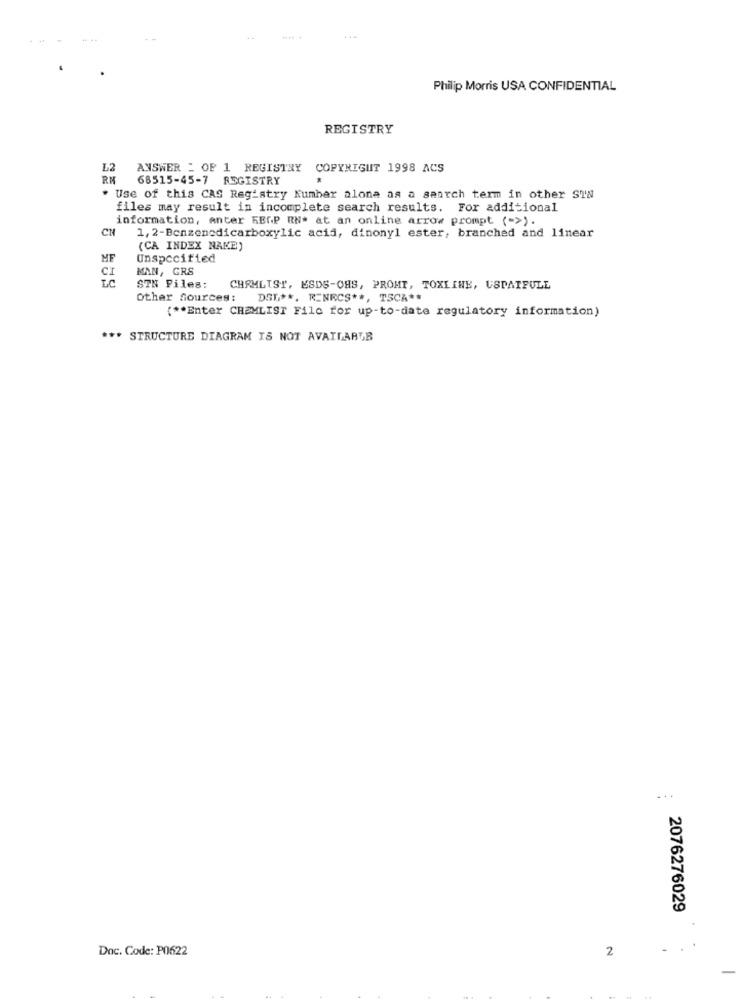
Philip Morris USA CONFIDENTIAL
REGISTRY
L2
ANSWER _ OF 1 REGISTRY COPYRIGHT 1998 ACS
RK
68515-45-7 REGISTRY
. Use of this CAS Registry Number alone as a search term in other Siw
files may result in incomplete search results. For additional
information, anter RESP RNª at an online arrow prompt (->).
CH
1, 2-Benzenedicarboxylic acid, dinonyl ester, branched and linear
(CA INDEX NAKE)
ME
Unspecified
CI
MAN, GRS
STN Piles: CHAMLIST, ESDS-OHS, PROMT, TOXLINE, USPATFULL
Other Sources:
DSL **. R_NRCS **, TSCA **
{ ** Enter CHEMLIST File for up-to-date regulatory information)
*** STRUCTURE DIAGRAM IS NOT AVAILABLE
2076276029
Doc. Code: P0622
2